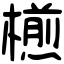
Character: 𣜭